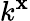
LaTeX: k^{\mathbf{x}}